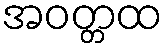
အဝတ္တထ